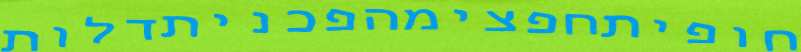
חופיתחפצימהפכניתדלות